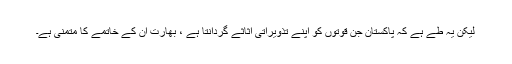
لیکن یہ طے ہے کہ پاکستان جن قوتوں کو اپنے تذویراتی اثاثے گردانتا ہے ، بھارت اُن کے خاتمے کا متمنی ہے۔